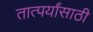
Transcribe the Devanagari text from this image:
तात्पर्यांसाठी